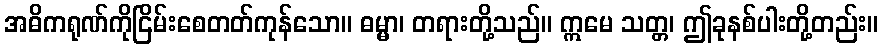
အဓိကရုဏ်ကိုငြိမ်းစေတတ်ကုန်သော။ ဓမ္မာ၊ တရားတို့သည်။ ဣမေ သတ္တ၊ ဤခုနစ်ပါးတို့တည်း။